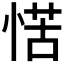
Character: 𭝩